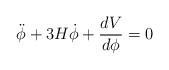
LaTeX: \begin{align*}\ddot{\phi}+3H \dot{\phi}+{dV \over d{\phi}}=0\end{align*}